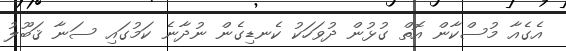
އެގެއާ މުސްކާން އޮތް ގުޅުން ދުވަހަކު ކެނޑިގެން ނުދާނެ ކަމުގައި ސަނާ ޤަބޫލު